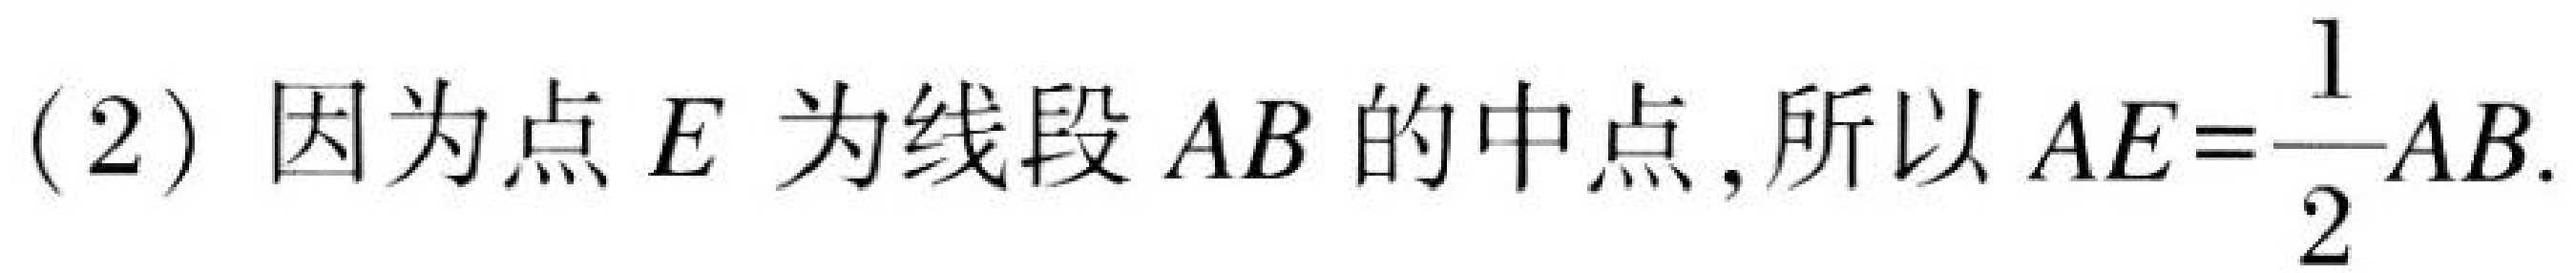
(2) 因为点\(E\)为线段\(AB\)的中点,所以\(AE = \dfrac{1}{2}AB\).